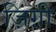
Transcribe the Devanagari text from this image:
ज़िग़ी